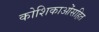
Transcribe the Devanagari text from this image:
कोशिकाओंसहित